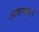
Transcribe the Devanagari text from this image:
अवन्कार